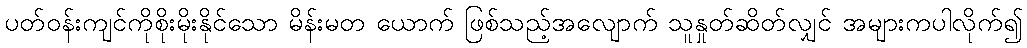
ပတ်ဝန်းကျင်ကိုစိုးမိုးနိုင်သော မိန်းမတ ယောက် ဖြစ်သည့်အလျောက် သူနှုတ်ဆိတ်လျှင် အများကပါလိုက်၍